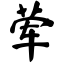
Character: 荤